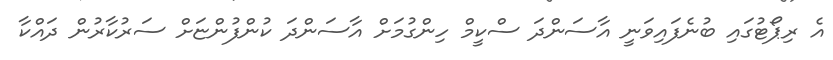
އެ ރިޕޯޓުގައި ބުނެފައިވަނީ އާސަންދަ ސްކީމް ހިންގުމަށް އާސަންދަ ކުންފުންޏަށް ސަރުކާރުން ދައްކާ